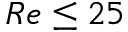
R e \leq 2 5